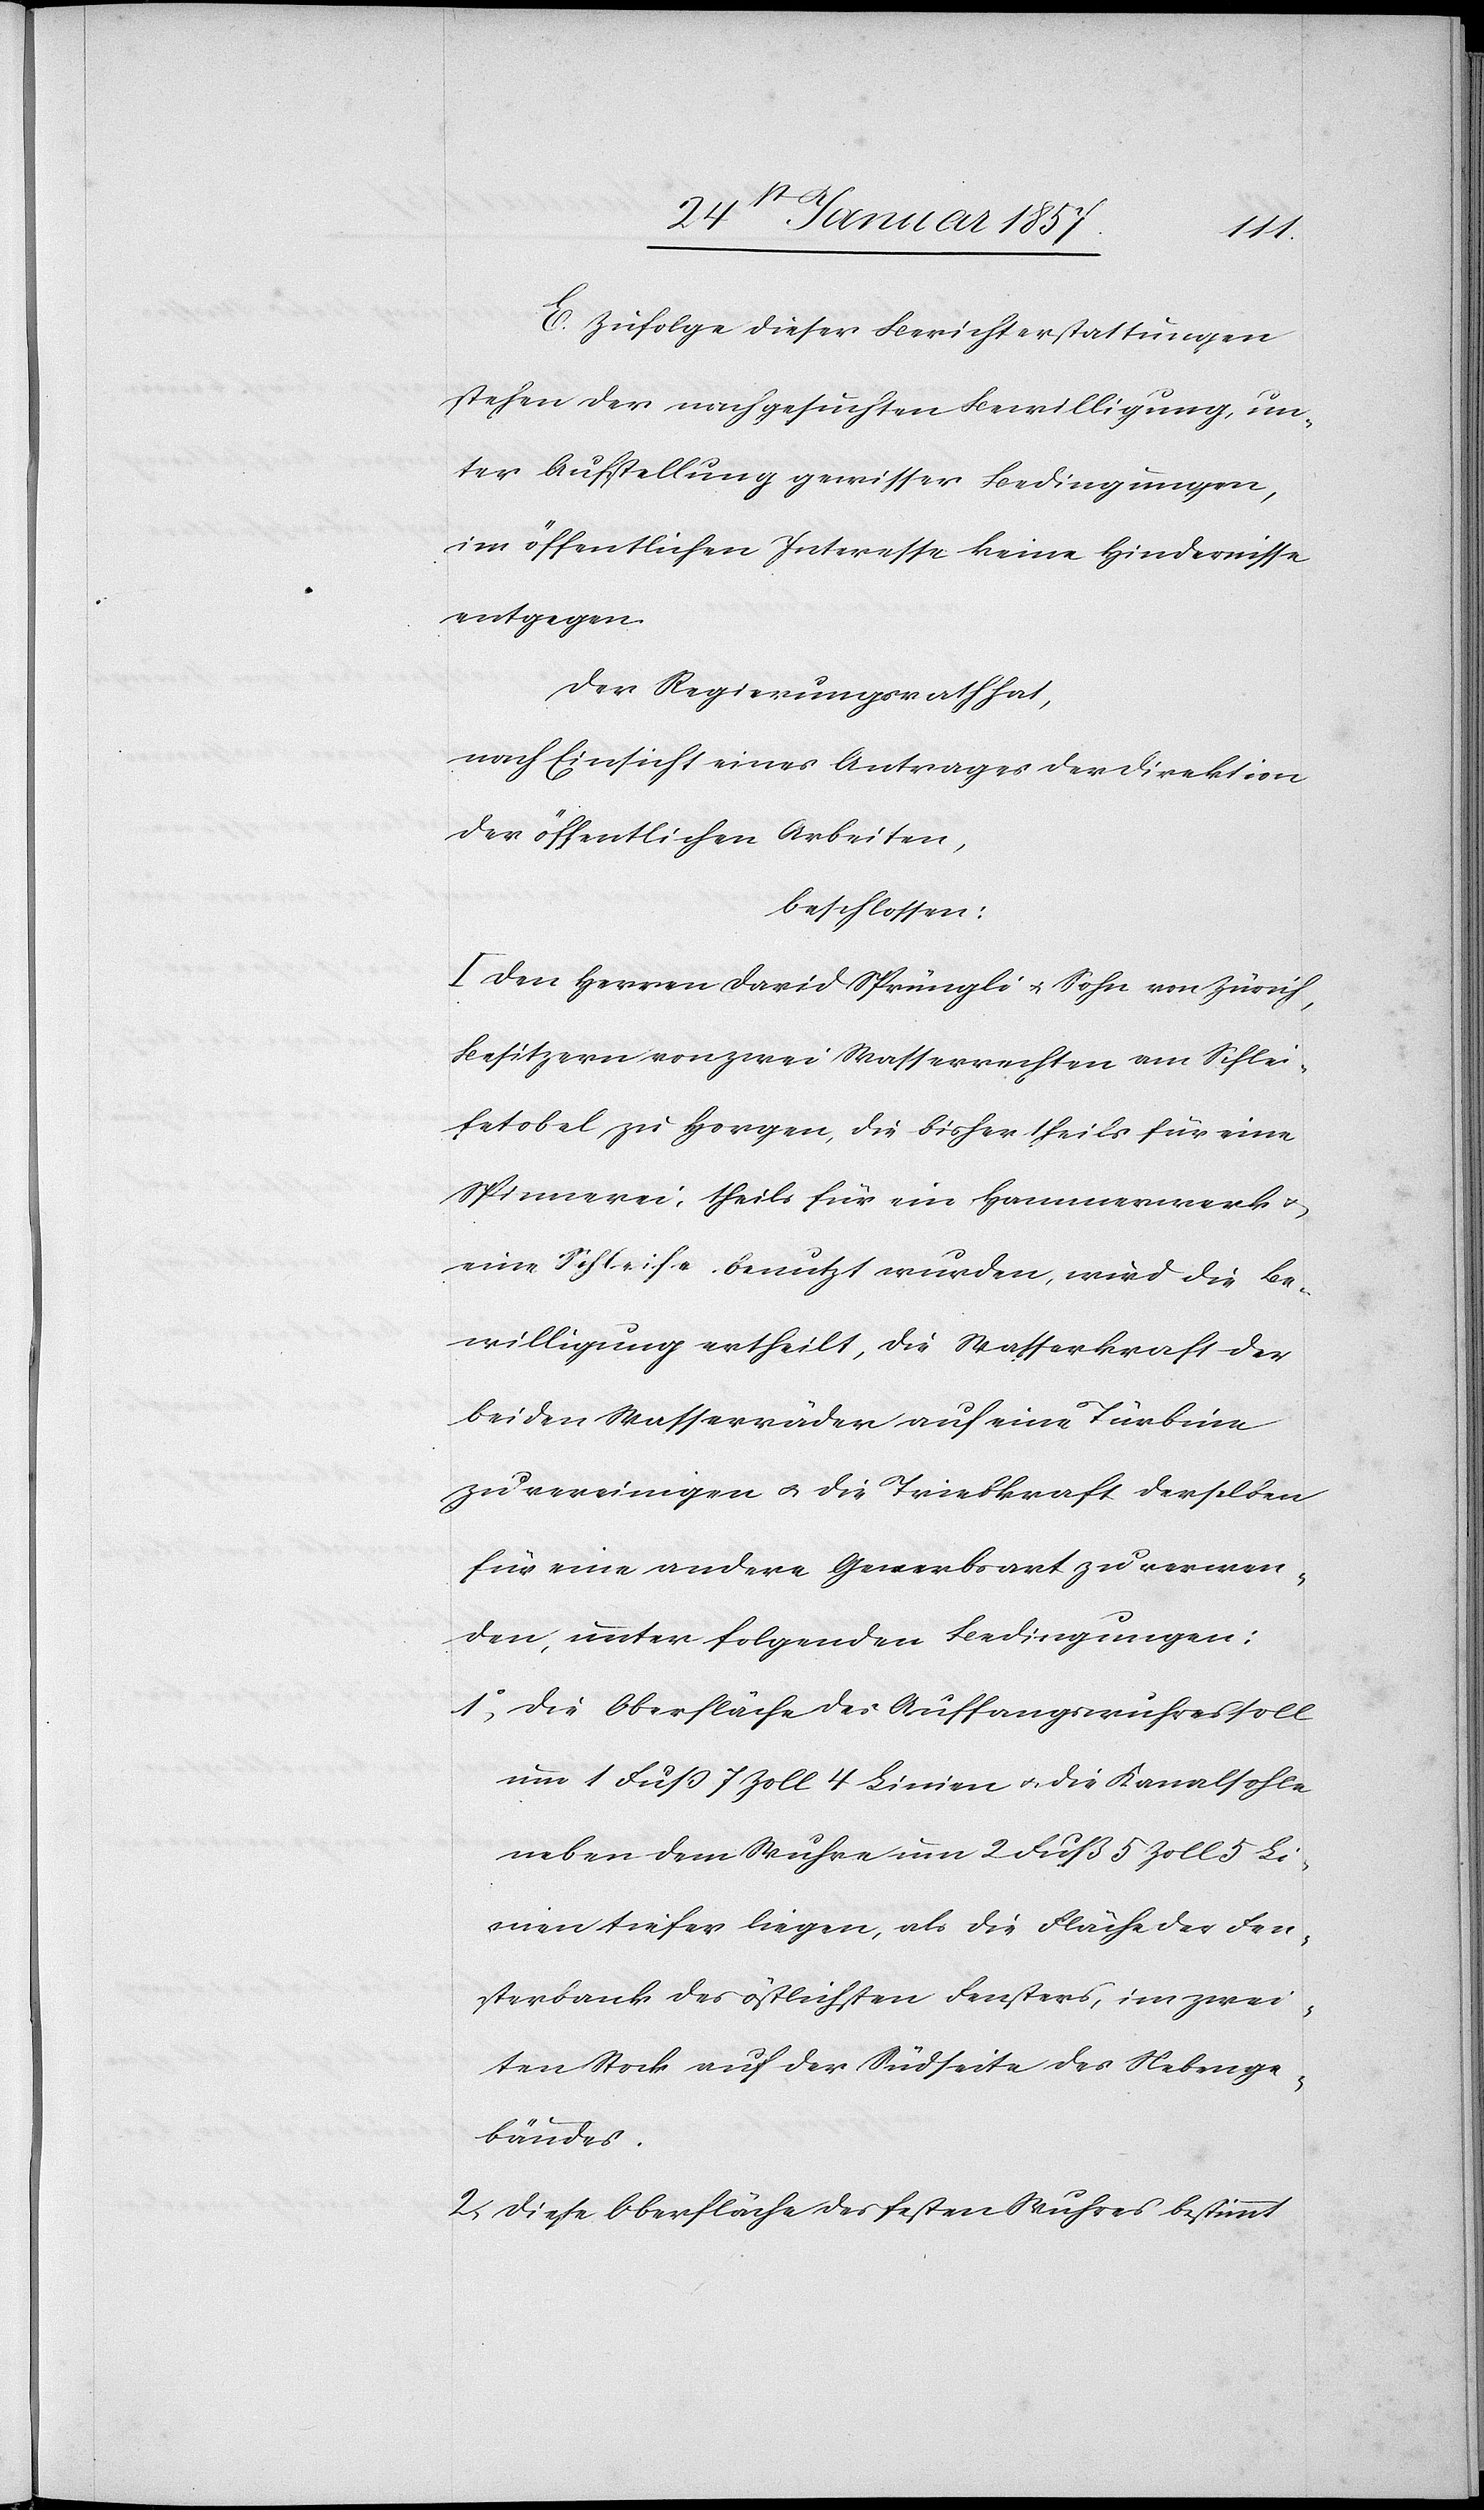
E. Zufolge dieser Berichterstattungen
stehen der nachgesuchten Bewilligung, un¬
ter Aufstellung gewisser Bedingungen,
im öffentlichen Interesse keine Hindernisse
entgegen.
Der Regierungsrath hat,
nach Einsicht eines Antrages der Direktion
der öffentlichen Arbeit,
beschlossen:
I. Den Herren David Sprüngli u. Sohn von Zürich,
Besitzer von zwei Wasserrechten am Schlei¬
fetobel zu Horgen, die bisher theils für eine
Spinnerrei, theils für ein Hammerwerk
eine Schleife benutz wurden, wird die Be¬
willigung ertheilt, die Wasserkraft der
beiden Wasserräder auf eine Türbine
zu vereinigen u. die Triebkraft derselben
für eine andere Gewerbsart zu verwen¬
den, unter folgenden Bedingungen:
1, Die Oberfläche des Auffangswuhres soll
um 1 Fuß 7 Zoll 4 Linien & die Kanalsohle
neben dem Wuhre um 2 Fuß 5 Zoll 5 L¬
inien tiefer liegen, als die Fläche der Fen¬
sterbank des östlichsten Fensters, im zwei¬
ten Stock auf der Südseite des Nebenge¬
bäudes.
2, Diese Oberfläche des festen Wuhres bestimmt